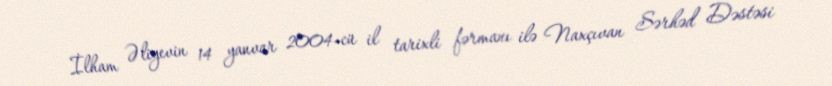
İlham Əliyevin 14 yanvar 2004-cü il tarixli fərmanı ilə Naxçıvan Sərhəd Dəstəsi